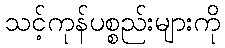
သင့်ကုန်ပစ္စည်းများကို